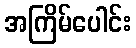
အကြိမ်ပေါင်း